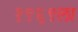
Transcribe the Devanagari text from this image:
१९६९ला